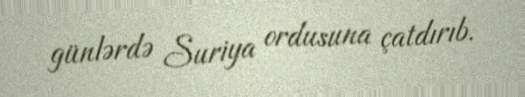
günlərdə Suriya ordusuna çatdırıb.